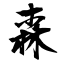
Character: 森